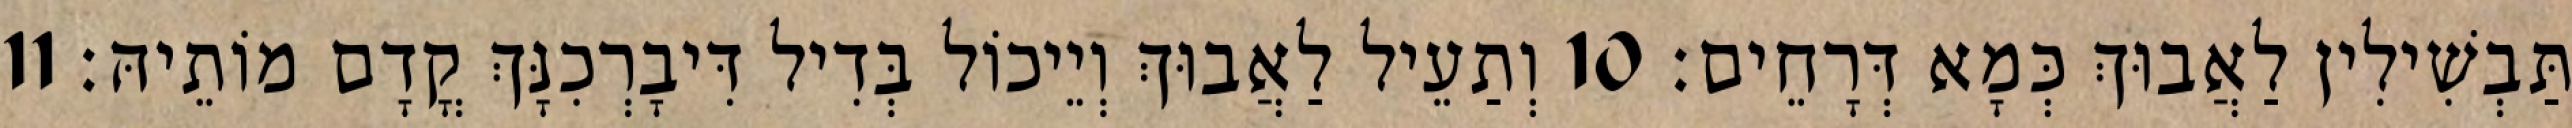
תַּבְשִׁילִין לַאֲבוּךְ כְּמָא דְּרָחֵים׃ 10 וְתַעֵיל לַאֲבוּךְ וְיֵיכוֹל בְּדִיל דִּיבָרְכִנָּךְ קֳדָם מוֹתֵיהּ׃ 11